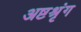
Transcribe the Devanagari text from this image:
अष्टश्रृंग